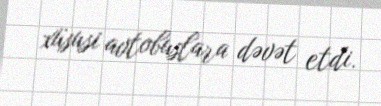
xüsusi avtobuslara dəvət etdi.